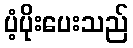
ပံ့ပိုးပေးသည်